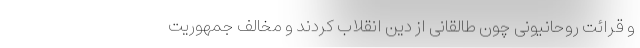
و قرائت روحانیونی چون طالقانی از دین انقلاب کردند و مخالف جمهوریت